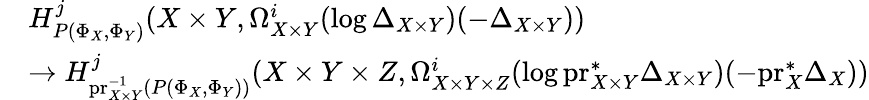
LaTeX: \begin{array}{rl}&{H_{P(\Phi_{X},\Phi_{Y})}^{j}(X\times Y,\Omega_{X\times Y}^{i}(\log\Delta_{X\times Y})(-\Delta_{X\times Y}))}\\ &{\to H_{\mathrm{pr}_{X\times Y}^{-1}(P(\Phi_{X},\Phi_{Y}))}^{j}(X\times Y\times Z,\Omega_{X\times Y\times Z}^{i}(\log\mathrm{pr}_{X\times Y}^{*}\Delta_{X\times Y})(-\mathrm{pr}_{X}^{*}\Delta_{X}))}\end{array}